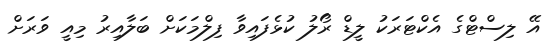
އޭ ލިސްޓްގެ އެކްޓަރަކު ލީޑް ރޯލު ކުޅެފައިވާ ފިލްމަކަށް ބަލާއިރު މިއީ ވަރަށް